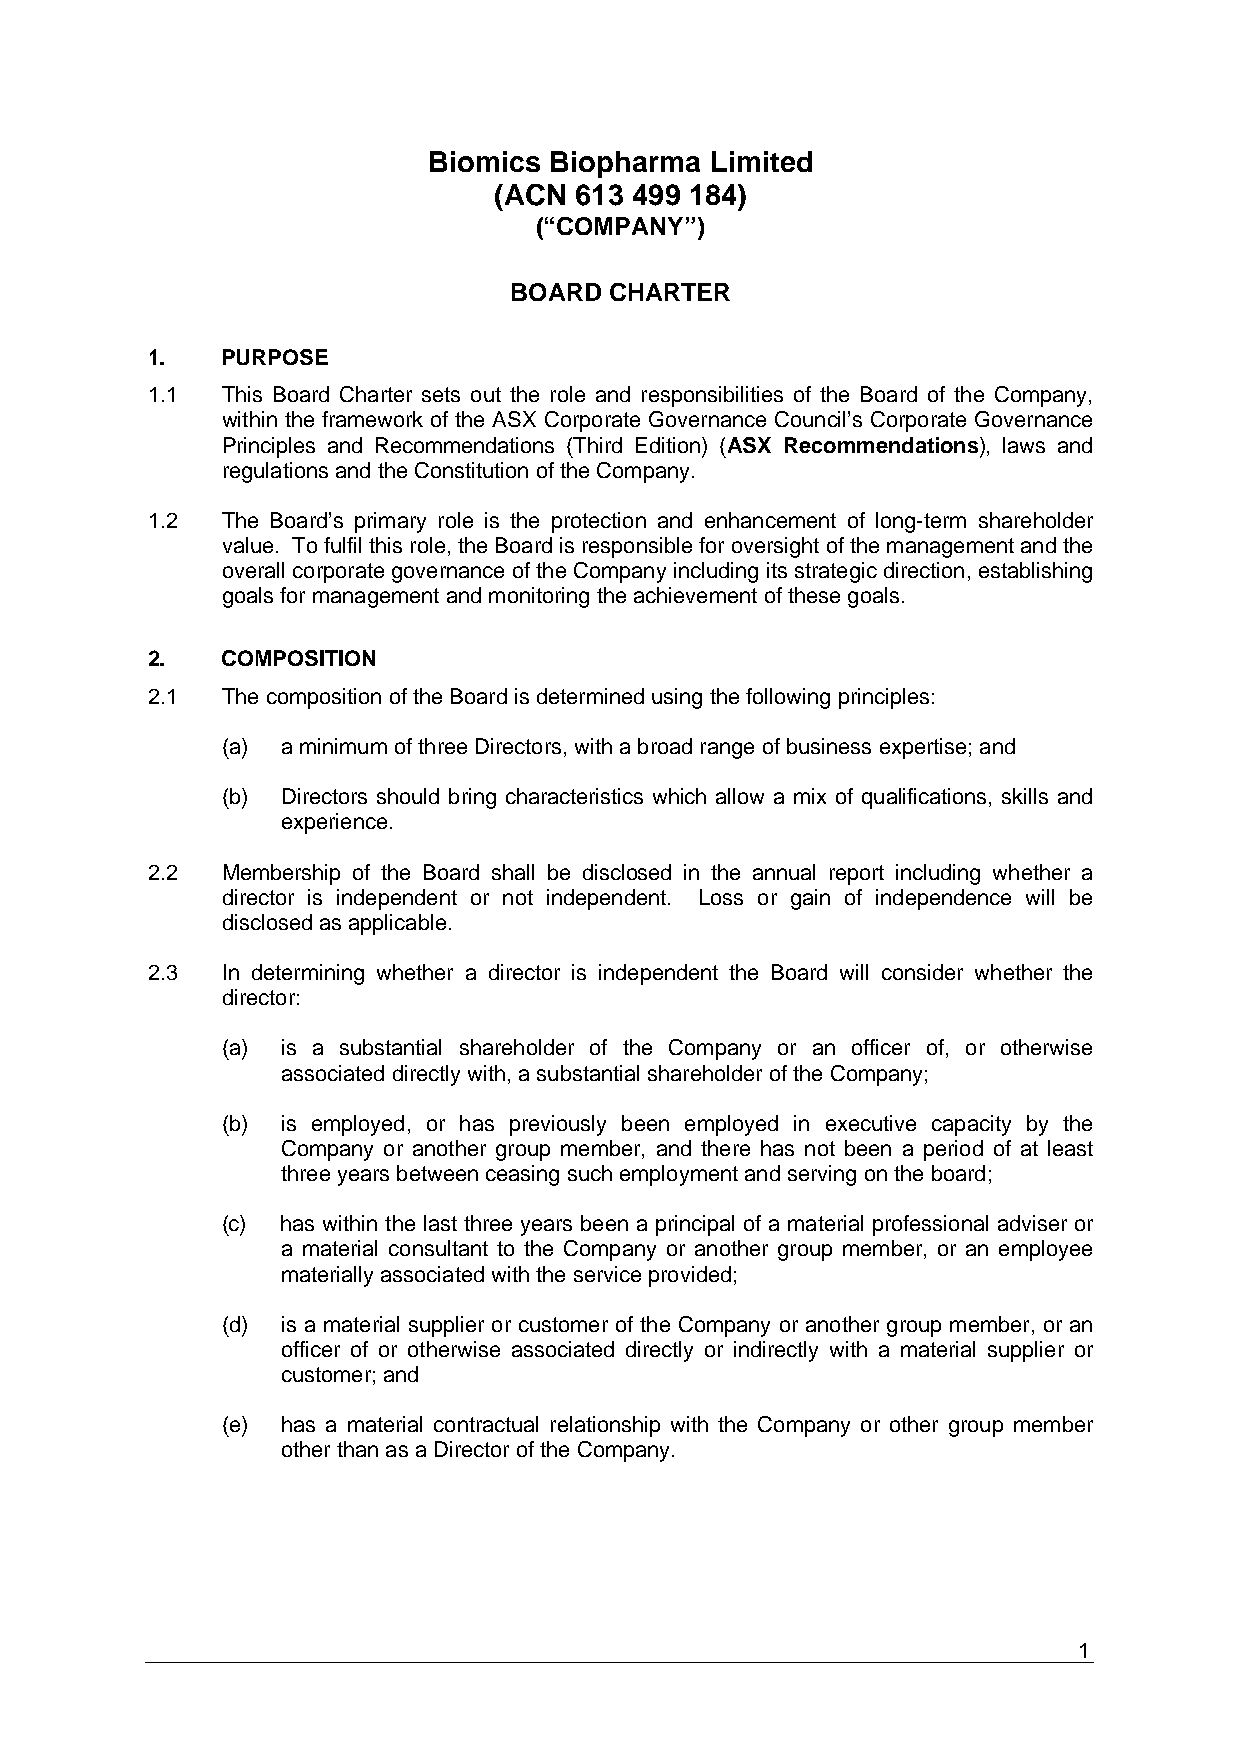
Biomics Biopharma  Limited
 (ACN 613 499 184)
 (“COMPANY”)
 BOARD CHARTER
 1.   PURPOSE
 1.1  This Board Charter sets out the role and responsibilities of the Board of the Company,
 within the framework of the ASX Corporate Governance Council’s Corporate Governance
 Principles and Recommendations (Third Edition) (ASX Recommendations), laws and
 regulations and the Constitution of the Company.
 1.2  The Board’s primary role is the protection and enhancement of long-term shareholder
 value. To fulfil this role, the Board is responsible for oversight of the management and the
 overall corporate governance of the Company including its strategic direction, establishing
 goals for management and monitoring the achievement of these goals.
 2.   COMPOSITION
 2.1  The composition of the Board is determined using the following principles:
 (a) a minimum of three Directors, with a broad range of business expertise; and
 (b) Directors should bring characteristics which allow a mix of qualifications, skills and
 experience.
 2.2  Membership of the Board shall be disclosed in the annual report including whether a
 director is independent or not independent. Loss or gain of independence will be
 disclosed as applicable.
 2.3  In determining whether a director is independent the Board will consider whether the
 director:
 (a) is a substantial shareholder of the Company or an officer of, or otherwise
 associated directly with, a substantial shareholder of the Company;
 (b) is employed, or has previously been employed in executive capacity by the
 Company or another group member, and there has not been a period of at least
 three years between ceasing such employment and serving on the board;
 (c) has within the last three years been a principal of a material professional adviser or
 a material consultant to the Company or another group member, or an employee
 materially associated with the service provided;
 (d) is a material supplier or customer of the Company or another group member, or an
 officer of or otherwise associated directly or indirectly with a material supplier or
 customer; and
 (e) has a material contractual relationship with the Company or other group member
 other than as a Director of the Company.
 1